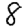
Digit: 8